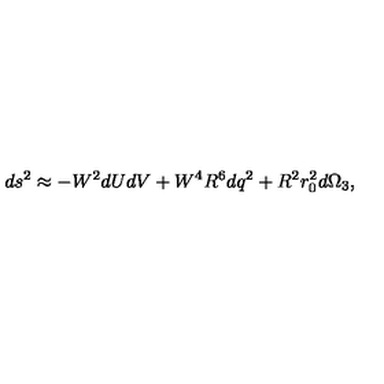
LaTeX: d s ^ { 2 } \approx - W ^ { 2 } d U d V + W ^ { 4 } R ^ { 6 } d q ^ { 2 } + R ^ { 2 } r _ { 0 } ^ { 2 } d \Omega _ { 3 } ,